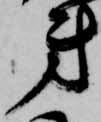
弟